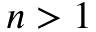
n > 1